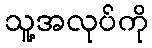
သူ့အလုပ်ကို